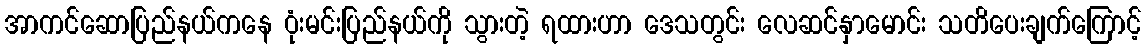
အာကင်ဆောပြည်နယ်ကနေ ဝုံးမင်းပြည်နယ်ကို သွားတဲ့ ရထားဟာ ဒေသတွင်း လေဆင်နှာမောင်း သတိပေးချက်ကြောင့်